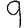
Digit: 9